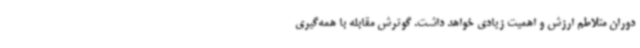
دوران متلاطم ارزش و اهمیت زیادی خواهد داشت. گوترش مقابله با همه‌گیری